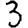
Digit: 3